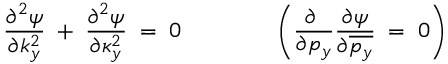
{ \frac { \partial ^ { 2 } \psi } { \partial k _ { y } ^ { 2 } } } \; + \; { \frac { \partial ^ { 2 } \psi } { \partial \kappa _ { y } ^ { 2 } } } \; = \; 0 \qquad \qquad \left( { \frac { \partial \; } { \partial p _ { y } } } { \frac { \partial \psi } { \partial \overline { { { p _ { y } } } } } } \; = \; 0 \right)